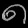
Digit: ၈